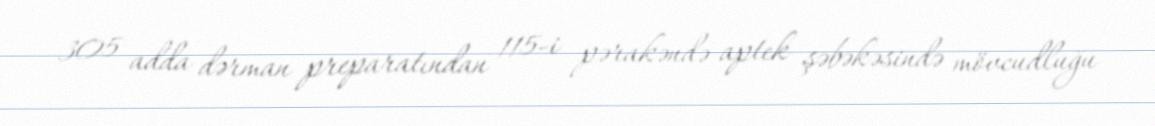
305 adda dərman preparatından 115-i pərakəndə aptek şəbəkəsində mövcudluğu